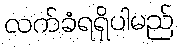
လက်ခံရရှိပါမည်